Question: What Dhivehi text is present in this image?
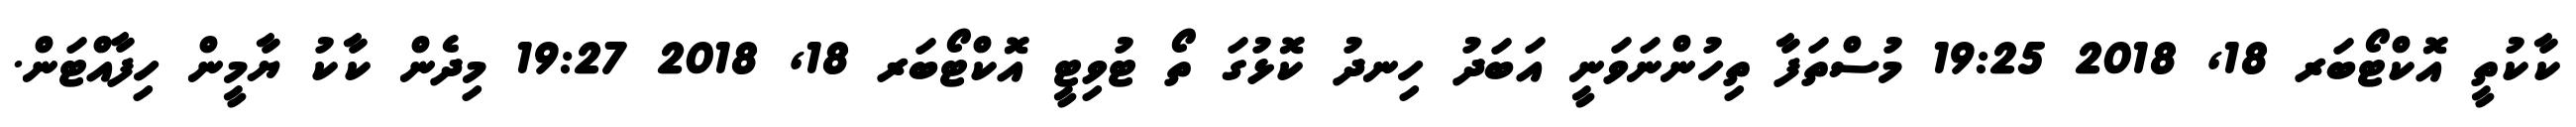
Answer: ކާކުތީ އޮކްޓޯބަރ 18, 2018 19:25 މުސްތަފާ ތިހުންނަވަނީ އަބަދު ހިނދު ކޮޅުގަ ތޯ ޓުވިޓީ އޮކްޓޯބަރ 18, 2018 19:27 މިދެން ކާކު ޔާމީން ހިފާއްޓަން.